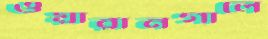
ওয়ারানগালে